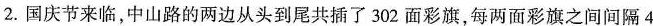
2.国庆节来临，中山路的两边从头到尾共插了302面彩旗，每两面彩旗之间间隔4